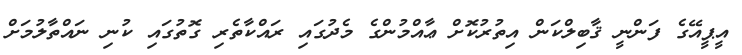
އީޕީއޭގެ ފަންނީ ޤާބިލްކަން އިތުރުކޮށް ޢާއްމުންގެ މެދުގައި ރައްކާތެރި ގޮތުގައި ކުނި ނައްތާލުމަށް